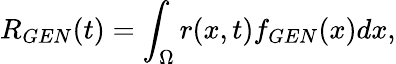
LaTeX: R_{GEN}(t)=\int_{\Omega}r(x,t)f_{GEN}(x)dx,